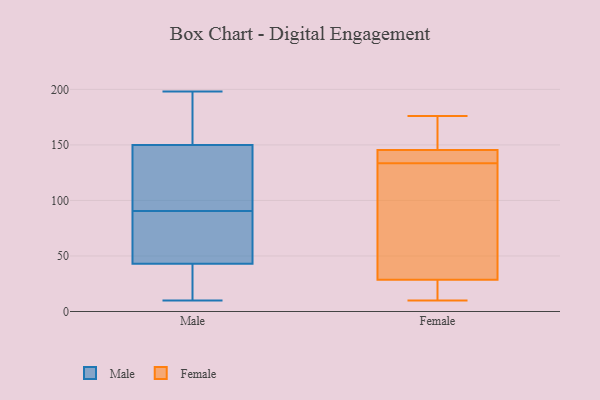
{"axis": {"x": "Backlog", "y": "Value"}, "legend": ["Female", "Male"], "data": [{"x": "", "y": 179, "type": "Male"}, {"x": "", "y": 65, "type": "Male"}, {"x": "", "y": 40, "type": "Male"}, {"x": "", "y": 92, "type": "Male"}, {"x": "", "y": 71, "type": "Male"}, {"x": "", "y": 99, "type": "Male"}, {"x": "", "y": 43, "type": "Male"}, {"x": "", "y": 89, "type": "Male"}, {"x": "", "y": 10, "type": "Male"}, {"x": "", "y": 150, "type": "Male"}, {"x": "", "y": 198, "type": "Male"}, {"x": "", "y": 35, "type": "Male"}, {"x": "", "y": 148, "type": "Male"}, {"x": "", "y": 170, "type": "Male"}, {"x": "", "y": 20, "type": "Female"}, {"x": "", "y": 10, "type": "Female"}, {"x": "", "y": 134, "type": "Female"}, {"x": "", "y": 164, "type": "Female"}, {"x": "", "y": 60, "type": "Female"}, {"x": "", "y": 144, "type": "Female"}, {"x": "", "y": 14, "type": "Female"}, {"x": "", "y": 176, "type": "Female"}, {"x": "", "y": 37, "type": "Female"}, {"x": "", "y": 133, "type": "Female"}, {"x": "", "y": 145, "type": "Female"}, {"x": "", "y": 146, "type": "Female"}]}